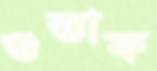
গুস্তাফ